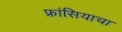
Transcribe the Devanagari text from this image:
फ्रांसियाचा